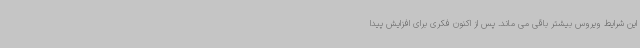
این شرایط ویروس بیشتر باقی می ماند. پس از اکنون فکری برای افزایش پیدا